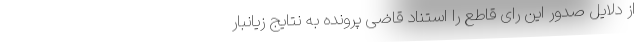
از دلایل صدور این رای قاطع را استناد قاضی پرونده به نتایج زیانبار